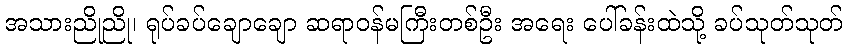
အသားညိုညို၊ ရုပ်ခပ်ချောချော ဆရာဝန်မကြီးတစ်ဦး အရေး ပေါ်ခန်းထဲသို့ ခပ်သုတ်သုတ်